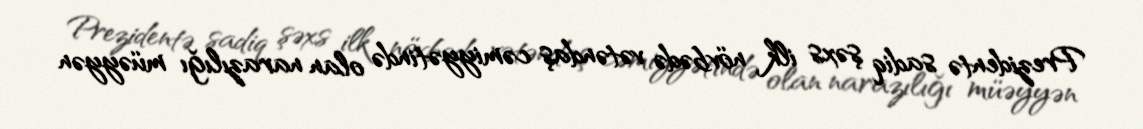
Prezidentə sadiq şəxs ilk növbədə vətəndaş cəmiyyətində olan narazılığı müəyyən